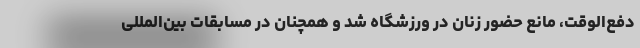
دفع‌الوقت، مانع حضور زنان در ورزشگاه شد و همچنان در مسابقات بین‌المللی